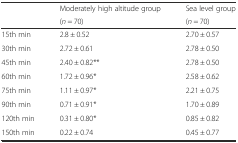
<table><thead><tr><td rowspan="2"></td><td><b>Moderately high altitude group</b></td><td><b>Sea level group</b></td></tr><tr><td><b>(<i>n</i> = 70)</b></td><td><b>(<i>n</i> = 70)</b></td></tr></thead><tbody><tr><td>15th min</td><td>2.8 ± 0.52</td><td>2.70 ± 0.57</td></tr><tr><td>30th min</td><td>2.72 ± 0.61</td><td>2.78 ± 0.50</td></tr><tr><td>45th min</td><td>2.40 ± 0.82**</td><td>2.78 ± 0.50</td></tr><tr><td>60th min</td><td>1.72 ± 0.96*</td><td>2.58 ± 0.62</td></tr><tr><td>75th min</td><td>1.11 ± 0.97*</td><td>2.21 ± 0.75</td></tr><tr><td>90th min</td><td>0.71 ± 0.91*</td><td>1.70 ± 0.89</td></tr><tr><td>120th min</td><td>0.31 ± 0.80*</td><td>0.85 ± 0.82</td></tr><tr><td>150th min</td><td>0.22 ± 0.74</td><td>0.45 ± 0.77</td></tr></tbody></table>